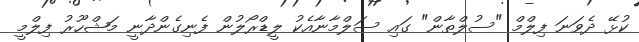
ކުޅޭ ދެވަނަ ފިލްމް "ސުލްތާން" ގައި ސަލްމާނާއެކު ލީޑްރޯލުން ފެނިގެންދާނީ މަޝްހޫރު ފިލްމީ